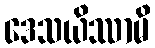
ဒေသယိဿာမိ